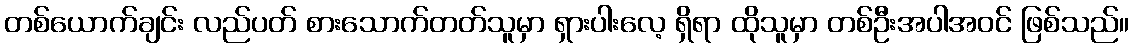
တစ်ယောက်ချင်း လည်ပတ် စားသောက်တတ်သူမှာ ရှားပါးလေ့ ရှိရာ ထိုသူမှာ တစ်ဦးအပါအဝင် ဖြစ်သည်။